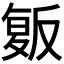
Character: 𰇄